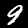
Label: 9